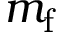
m _ { \mathrm { f } }